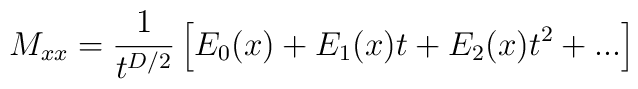
M_{xx} = {1\over {t ^{D/2}}}         \left[               E_0(x) + E_1(x) t + E_2(x) t^2 + ...         \right]